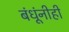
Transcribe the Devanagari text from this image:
बंधूंनीही